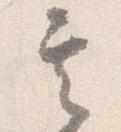
其